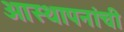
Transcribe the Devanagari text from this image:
आस्थापनांची